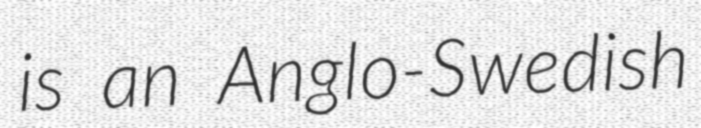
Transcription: is an Anglo-Swedish